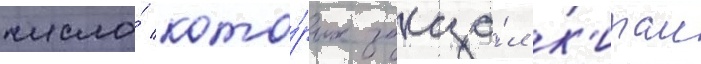
число́ кото́рых заказа́л к'итаи